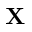
\mathbf { X }